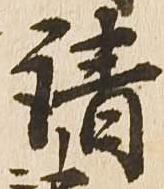
請